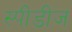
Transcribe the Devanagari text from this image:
स्पीडीज